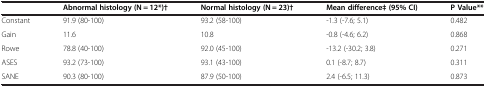
<table><thead><tr><td><b> </b></td><td><b>Abnormal histology (N = 12*)†</b></td><td><b>Normal histology (N = 23)†</b></td><td><b>Mean difference‡ (95% CI)</b></td><td><b>P Value**</b></td></tr></thead><tbody><tr><td>Constant</td><td>91.9 (80-100)</td><td>93.2 (58-100)</td><td>-1.3 (-7.6; 5.1)</td><td>0.482</td></tr><tr><td>Gain</td><td>11.6</td><td>10.8</td><td>-0.8 (-4.6; 6.2)</td><td>0.868</td></tr><tr><td>Rowe</td><td>78.8 (40-100)</td><td>92.0 (45-100)</td><td>-13.2 (-30.2; 3.8)</td><td>0.271</td></tr><tr><td>ASES</td><td>93.2 (73-100)</td><td>93.1 (43-100)</td><td>0.1 (-8.7; 8.7)</td><td>0.311</td></tr><tr><td>SANE</td><td>90.3 (80-100)</td><td>87.9 (50-100)</td><td>2.4 (-6.5; 11.3)</td><td>0.873</td></tr></tbody></table>